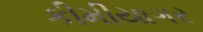
કીમીયાગર